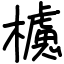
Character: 櫖